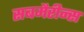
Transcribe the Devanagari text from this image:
सबमैरीन्स